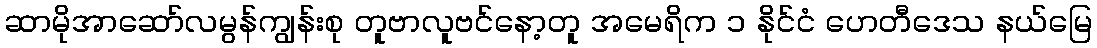
ဆာမိုအာဆော်လမွန်ကျွန်းစု တူဗာလူဗင်နော့တူ အမေရိက ၁ နိုင်ငံ ဟေတီဒေသ နယ်မြေ